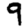
Digit: 9